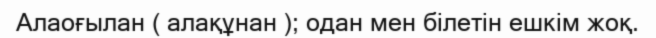
Алаоғылан ( алақұнан ); одан мен білетін ешкім жоқ.